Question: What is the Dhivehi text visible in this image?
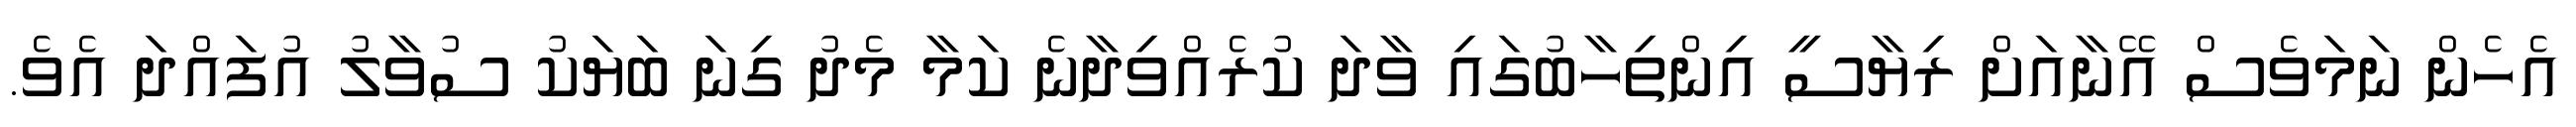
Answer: އެހެން ނަމަވެސް އޭނާއަށް ރިޔާސީ އިންތިހާބުގައި ވާދަ ކުރެއްވިދާނެ ކަމާ މެދު ގިނަ ބަޔަކު ސުވާލު އުފައްދަ އެވެ.